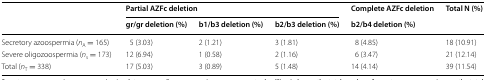
| <ROWSPAN=2>  | <COLSPAN=3> Partial AZFc deletion | Complete AZFc deletion | <ROWSPAN=2> Total N (%) |
 | gr/gr deletion (%) | b1/b3 deletion (%) | b2/b3 deletion (%) | b2/b4 deletion (%) |
 | --- | --- | --- | --- | --- | --- |
 | Secretory azoospermia (nA = 165) | 5 (3.03) | 2 (1.21) | 3 (1.81) | 8 (4.85) | 18 (10.91) |
 | Severe oligozoospermia (ns = 173) | 12 (6.94) | 1 (0.58) | 2 (1.16) | 6 (3.47) | 21 (12.14) |
 | Total (nT = 338) | 17 (5.03) | 3 (0.89) | 5 (1.48) | 14 (4.14) | 39 (11.54) |